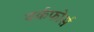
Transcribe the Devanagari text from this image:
वर्कफोर्स